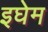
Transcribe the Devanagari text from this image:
इघेम